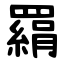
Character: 羂